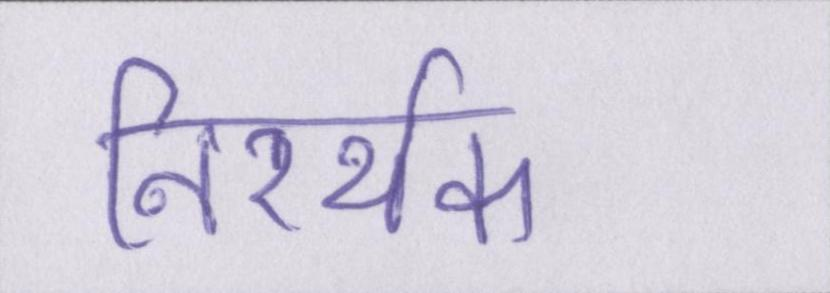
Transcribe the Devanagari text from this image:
निरर्थक